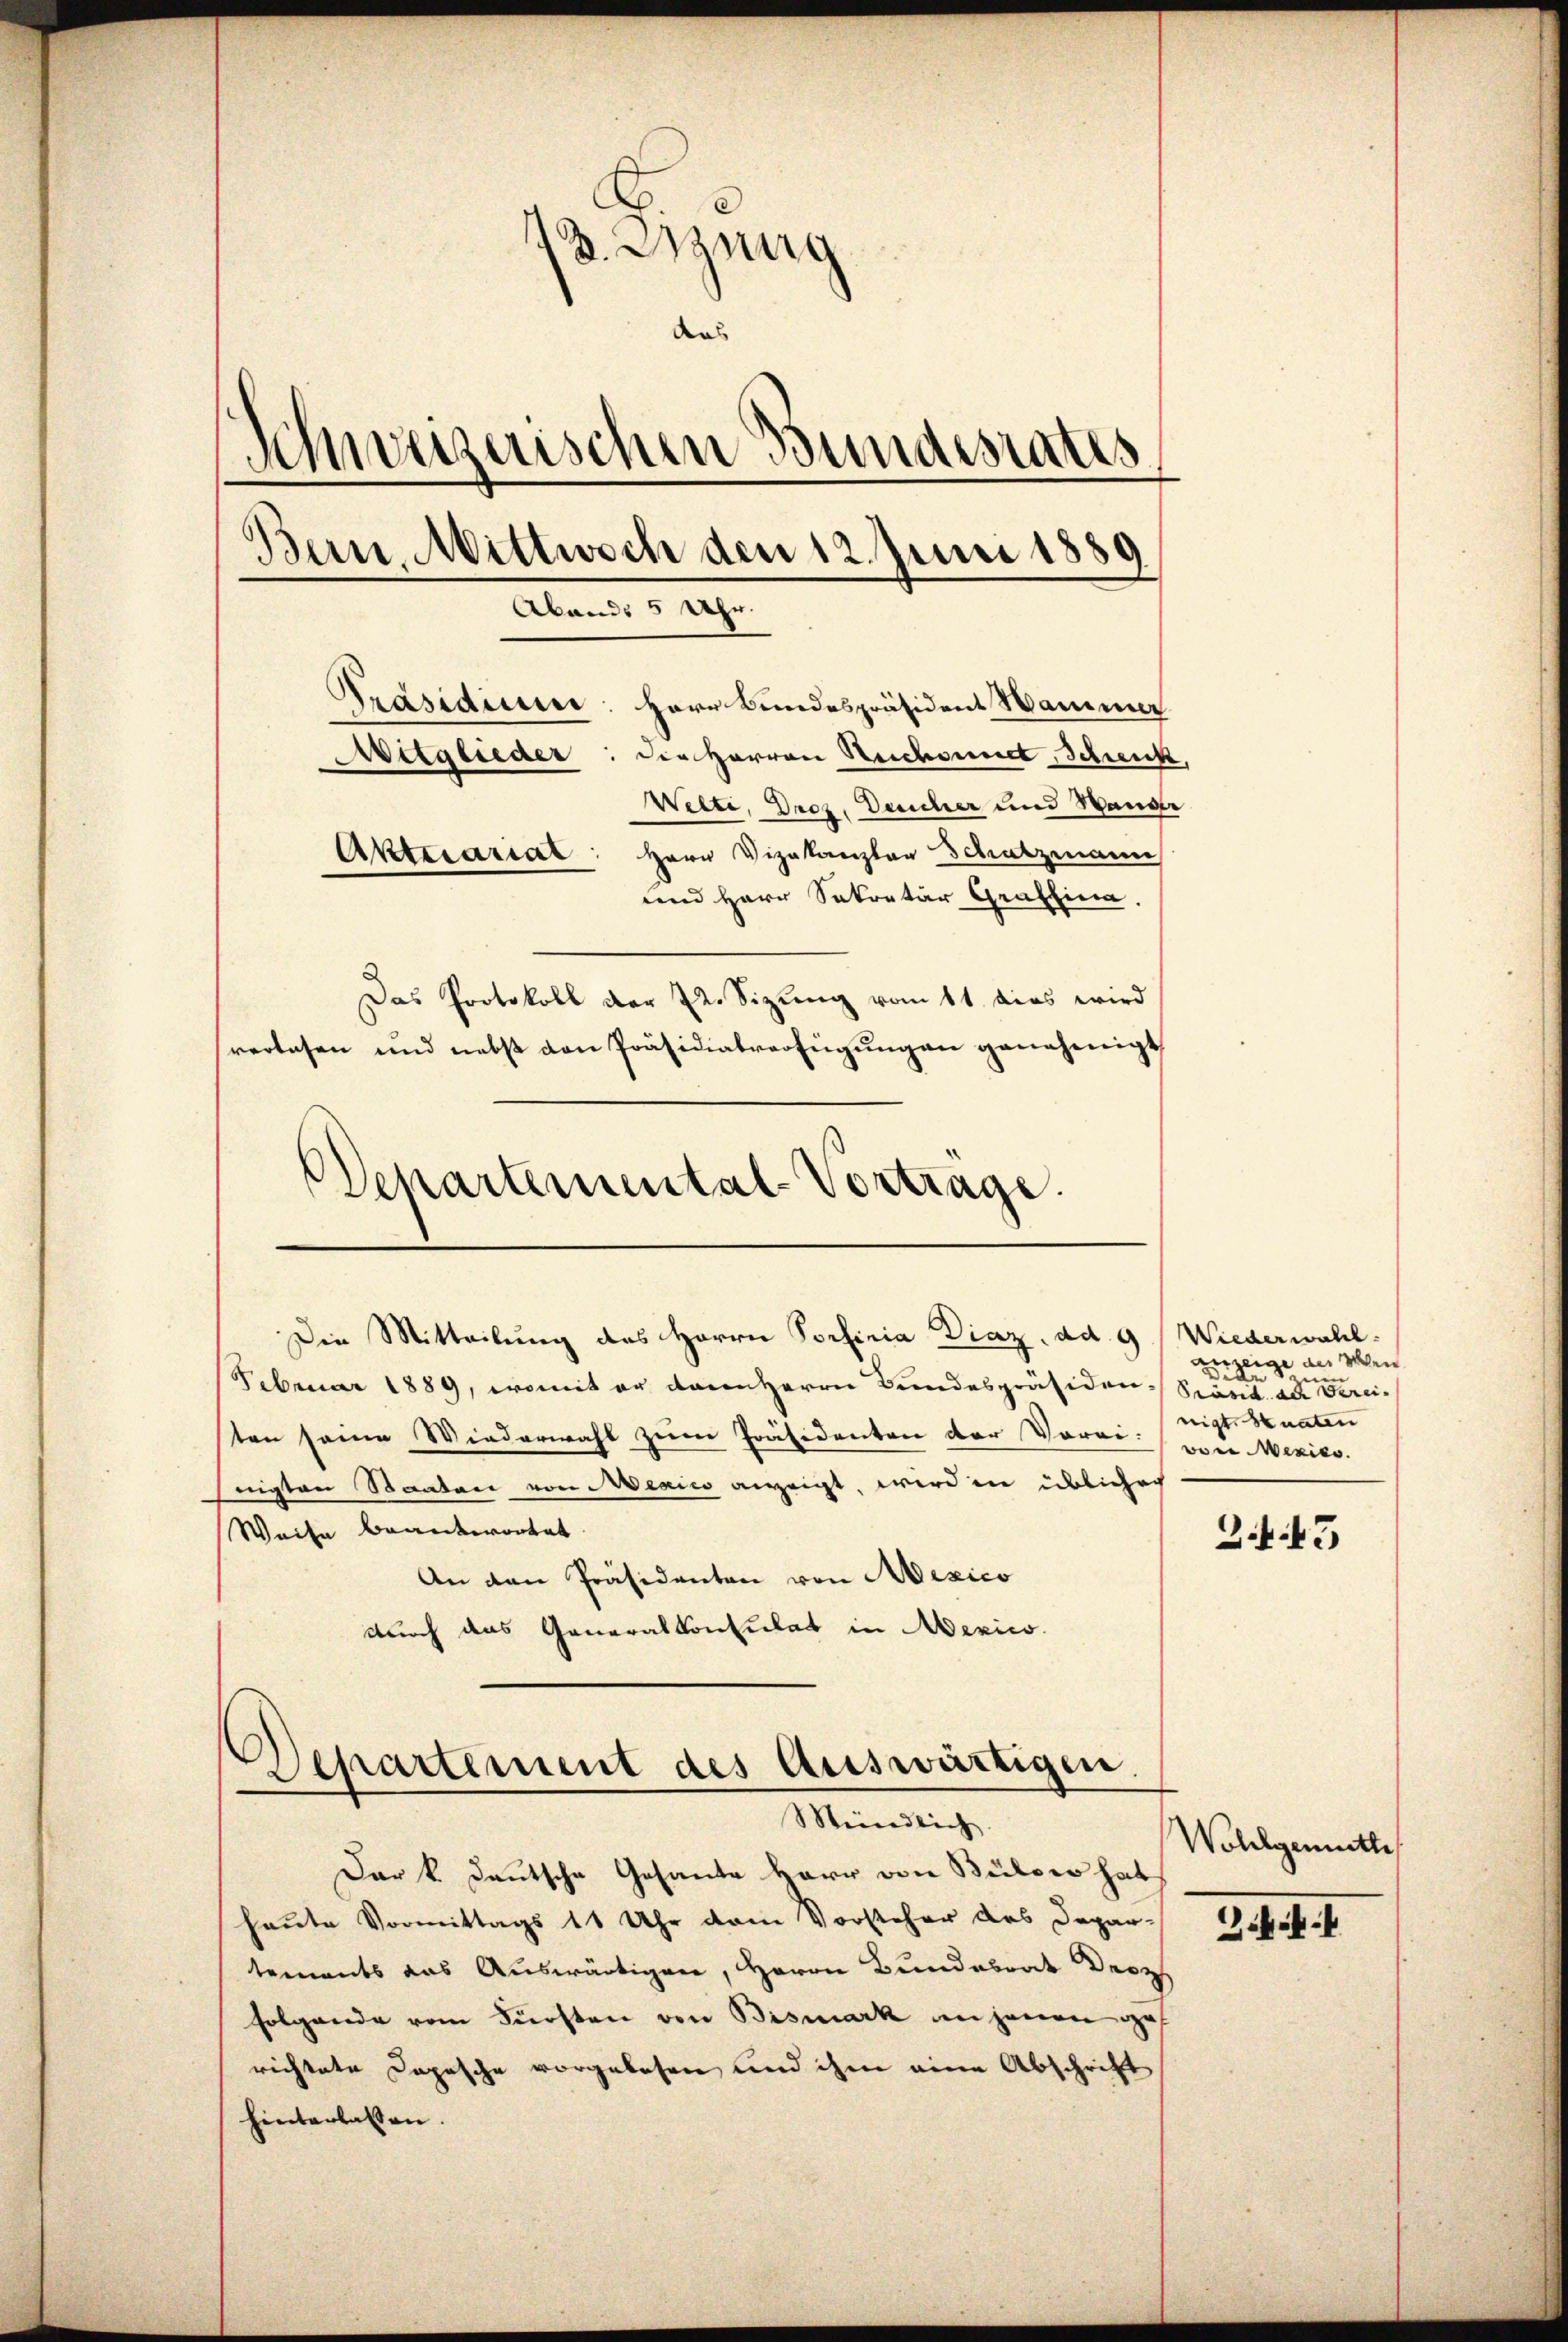
13. Jung
aas
Schweizerischen Bundesrates
Bern, Mittwoch den 12. Juni 1889
Abands 5 Uhr.
Präsidium: Herr Bundespräsident Wamma
Mitglieder: die Herren Reichnet, Schreck
Welte, Droz. Deucher und Wande
Aktecariat: Herr Vizekanzler Schatzmann
und Herr Sekretär Graffina.
Das Protokoll der 22. Sizŭng vom 11. dies wird
verlesen und nebst von Präsidialverfügŭngen genehmigt

Februar 1889, womit er dann Herrn Bundespräsiden-Präsid ad Streisten seine Wiederwahl zum Präsidenten der Vorar von Mexico.
nigten Staaten von Mexico anzeigt, wird in üblicher
Weise beantwortet
Z. 45
An den Präsidenten von Mexico
durch das Generalkonsulat in Mexico.

Departemental-Vortrage.
Die Mitteilung des Herrn Porfinia Diaz, ad 9

Departement des Auswärtigen,
Meindlich.

Der k. deutsche Gesante Herr von Büloer hat
haute Vormittags 11 Uhr vom Vorsteher des Depar-
tements das Auswärtigen, Herrn Bundesrat Droz
folgende vom Fürsten von Bismark an jenen gerichtete Copische vorgelesen und ihm eine Abschrift
hinterlassen.

Wiederwahl.
verzeige aus den
nigt. Staaten

Wohlgemuthe

d. H. f. 1